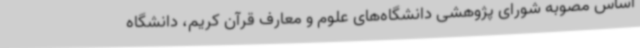
اساس مصوبه شورای پژوهشی دانشگاه‌های علوم و معارف قرآن کریم، دانشگاه